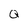
Character: Q